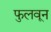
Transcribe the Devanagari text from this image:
फुलवून